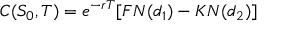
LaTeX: C ( S _ { 0 } , T ) = e ^ { - r T } [ F N ( d _ { 1 } ) - K N ( d _ { 2 } ) ]